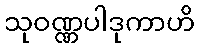
သုဝဏ္ဏပါဒုကာဟိ